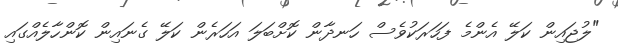
"ލުޖައިން ކަލޭ އެންމެ ފަހަރަކުވެސް ހަނދާން ކޮށްބަލަ އަހަރެން ކަލޭ ގެނައިން ކޮންހާލެއްގައި